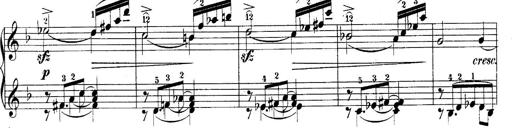
Title: 10 Sonatines progressives
Composer: Anton Schmoll